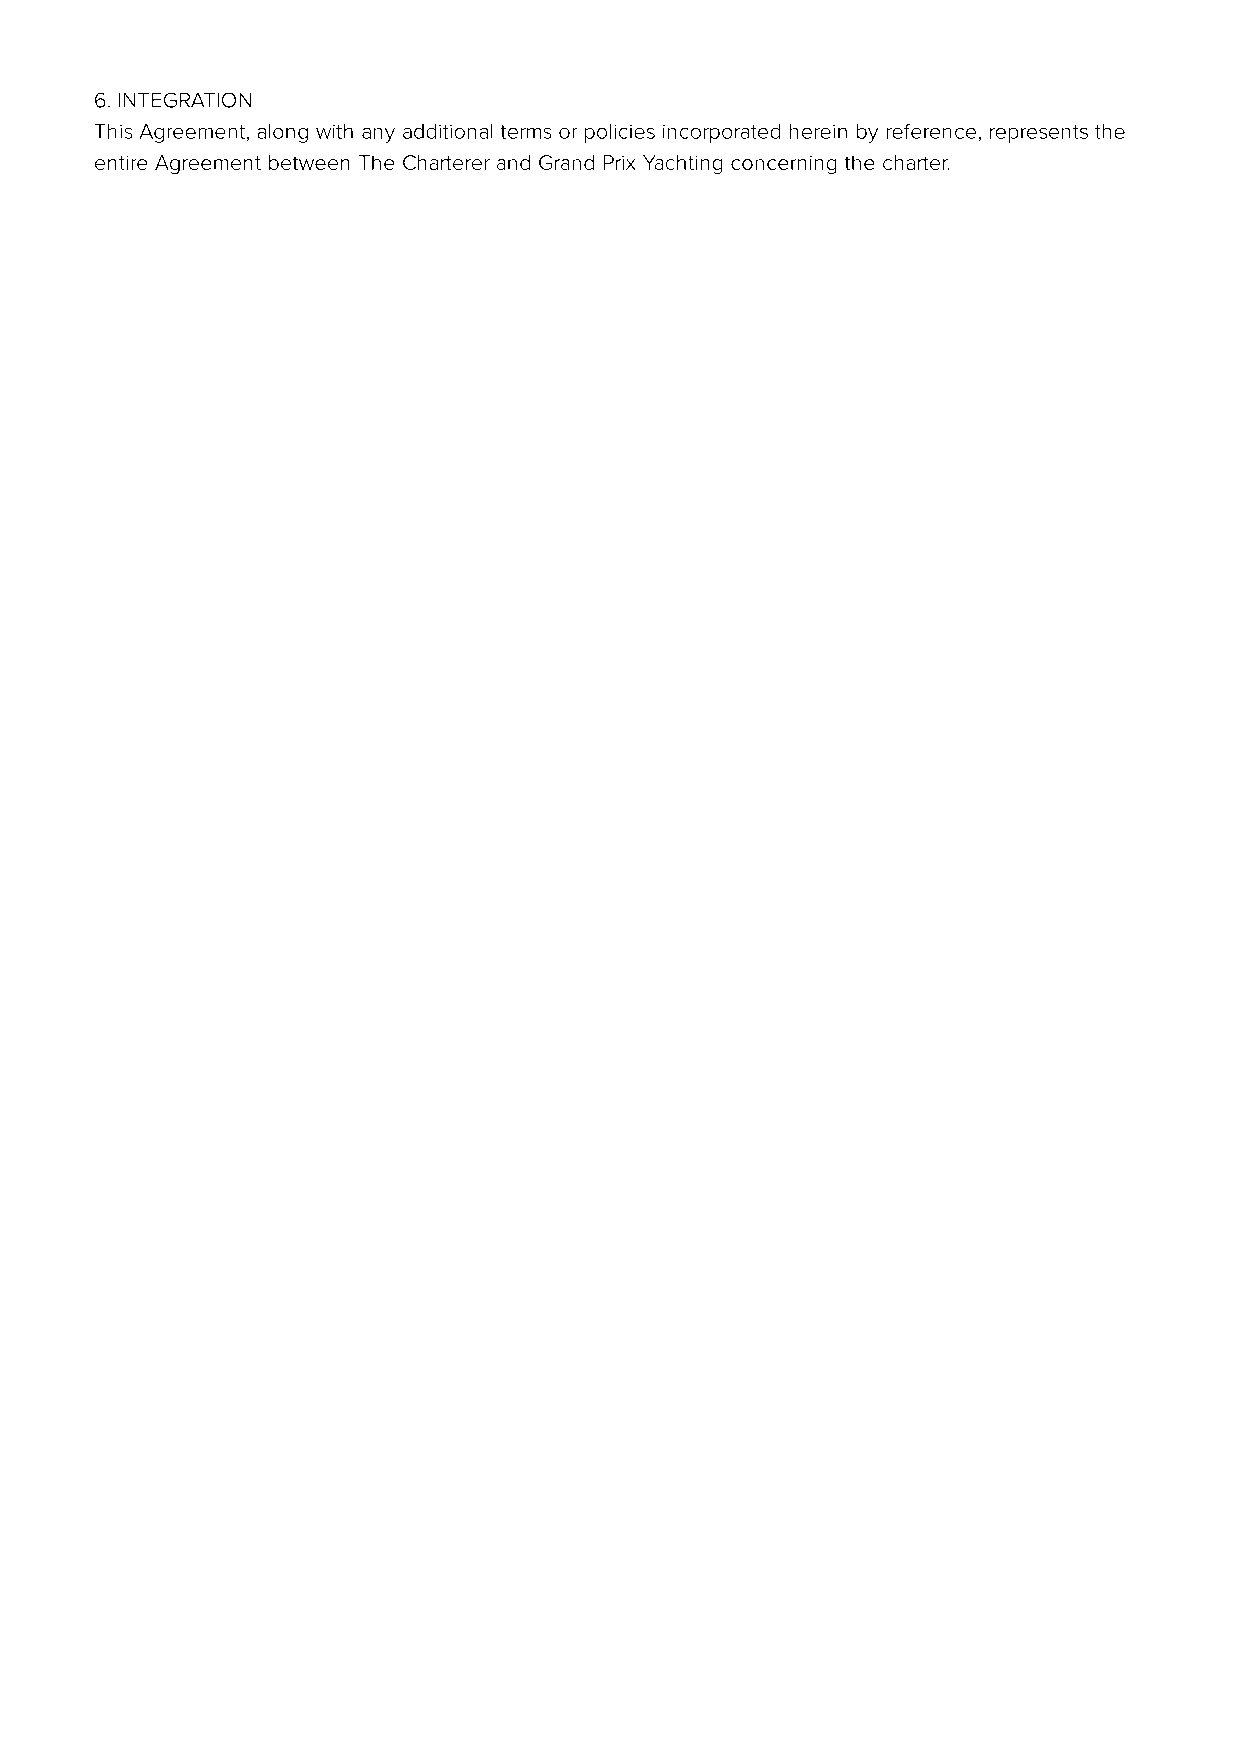
6. INTEGRATION
 This Agreement, along with any additional terms or policies incorporated herein by reference, represents the
 entire Agreement between The Charterer and Grand Prix Yachting concerning the charter.